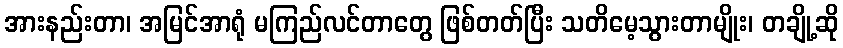
အားနည်းတာ၊ အမြင်အာရုံ မကြည်လင်တာတွေ ဖြစ်တတ်ပြီး သတိမေ့သွားတာမျိုး၊ တချို့ဆို